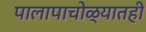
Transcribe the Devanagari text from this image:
पालापाचोळ्यातही